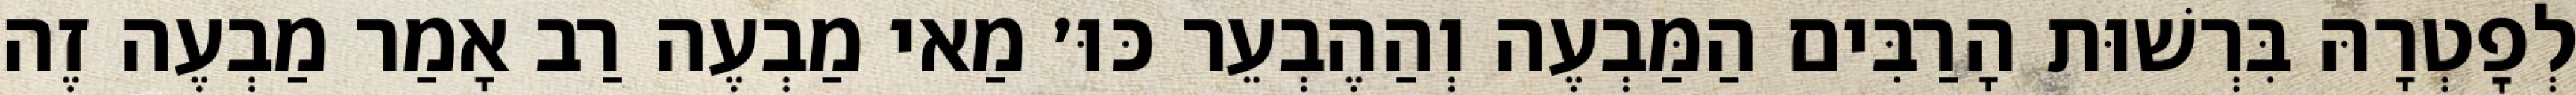
לְפׇטְרָהּ בִּרְשׁוּת הָרַבִּים הַמַּבְעֶה וְהַהֶבְעֵר כּוּ׳ מַאי מַבְעֶה רַב אָמַר מַבְעֶה זֶה